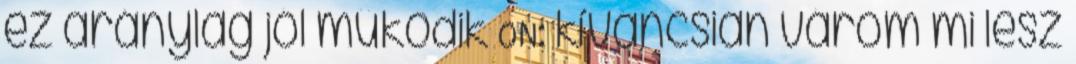
ez aránylag jól működik ON: kíváncsian várom mi lesz